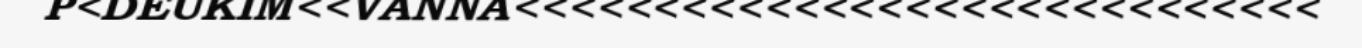
P<DEUKIM<<VANNA<<<<<<<<<<<<<<<<<<<<<<<<<<<<<